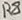
Text: R8